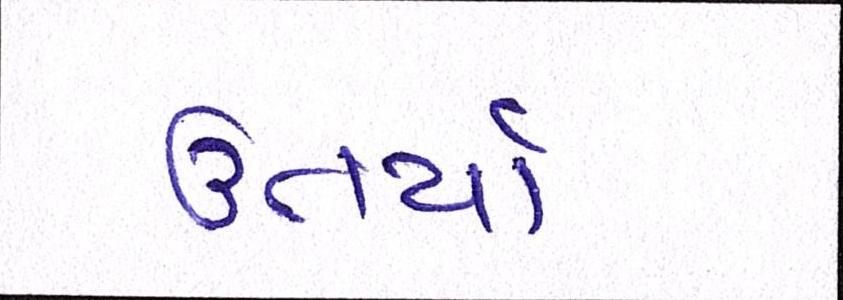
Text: ઉતાર્યા